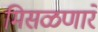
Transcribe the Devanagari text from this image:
मिसळणारे